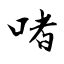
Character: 啫